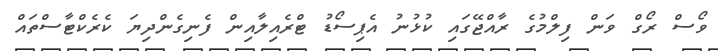
ވޯސް ރޯގް ވަން ފިލްމުގެ ރާއްޖޭގައި ކުޅުނު އެޕިސޯޑު ޓްރެއިލާއިން ފެނިގެންދިޔަ ކެރެކްޓާސްތައް